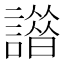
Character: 𧬢